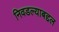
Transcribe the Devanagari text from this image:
निवडल्याबद्दल